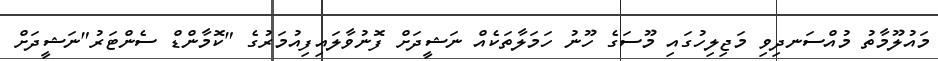
މައުލޫމާތު މުއްސަނދިވި މަޖިލިހުގައި މޫސަގެ ހޫނު ހަމަލާތަކެއް ނަޝީދަށް ފޮނުވާލައިފިއުމަރުގެ "ކޮމާންޑް ސެންޓަރު"ނަޝީދަށް